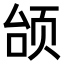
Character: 𫖭